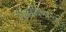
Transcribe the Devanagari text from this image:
खिळविणार्‍या